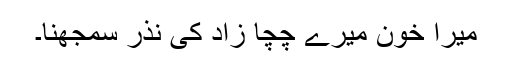
میرا خون میرے چچا زاد کی نذر سمجھنا۔